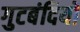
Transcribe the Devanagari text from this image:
गुटबंदियों